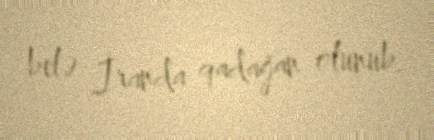
belə İranda qadağan olunub.